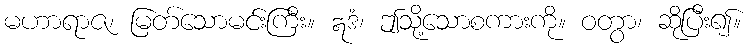
မဟာရာဇ၊ မြတ်သောမင်းကြီး။ ဣဒံ၊ ဤသို့သောစကားကို။ ဝတွာ၊ ဆိုပြီး၍။